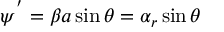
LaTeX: \psi ^ { ' } = \beta a \sin \theta = \alpha _ { r } \sin \theta